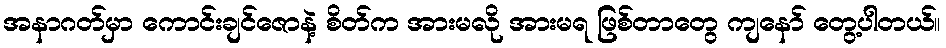
အနာဂတ်မှာ ကောင်းချင်ဇောနဲ့ စိတ်က အားမလို အားမရ ဖြစ်တာတွေ ကျနော် တွေ့ပါတယ်။